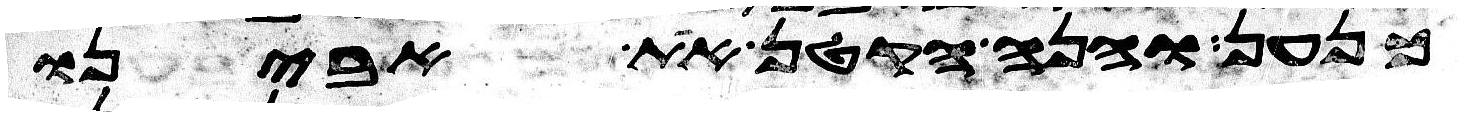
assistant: כנען והנה הקטן את אבינו